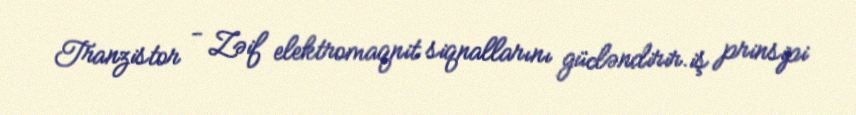
Tranzistor - Zəif elektromaqnit siqnallarını gücləndirir.iş prinsipi